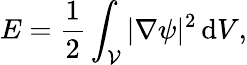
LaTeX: E=\frac{1}{2}\int_{\mathcal{V}}|\nabla\psi|^{2}\, \textrm{d}V,